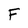
Character: F